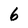
Character: 6